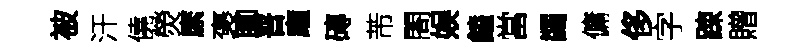
被汗僥熒縻褒聊晋龐磚芾閤娱饁當蠲傭侈字踈贈